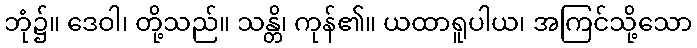
ဘုံ၌။ ဒေဝါ၊ တို့သည်။ သန္တိ၊ ကုန်၏။ ယထာရူပါယ၊ အကြင်သို့သော